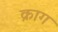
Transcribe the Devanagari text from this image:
क्राग